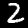
Digit: 2